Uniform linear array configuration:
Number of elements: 64
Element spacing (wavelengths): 0.25
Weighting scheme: exponential
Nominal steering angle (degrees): -60
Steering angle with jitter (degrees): -58.035
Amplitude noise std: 0.05
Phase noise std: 0.05

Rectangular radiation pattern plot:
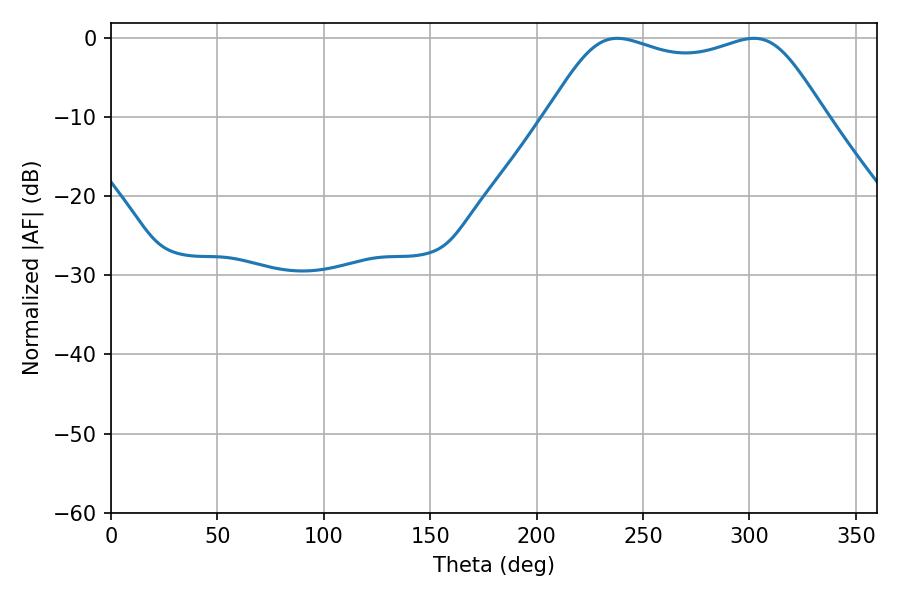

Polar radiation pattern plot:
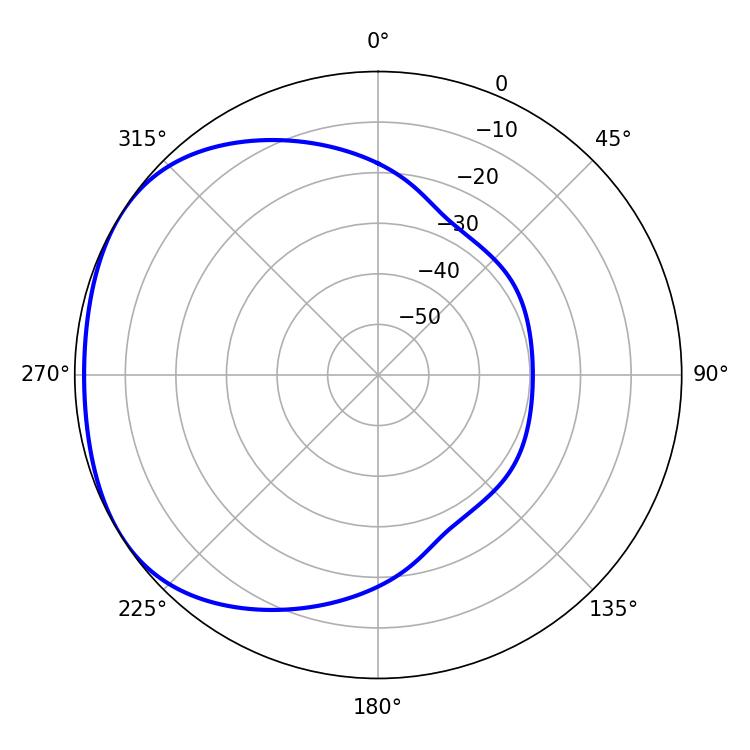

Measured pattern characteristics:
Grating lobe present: FALSE
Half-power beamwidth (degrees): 99.72
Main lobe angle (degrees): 237.96